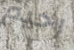
رحيم